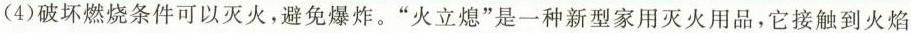
(4)破坏燃烧条件可以灭火，避免爆炸。”火立熄”是一种新型家用灭火用品，它接触到火焰